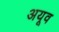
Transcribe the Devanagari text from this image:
अयूव